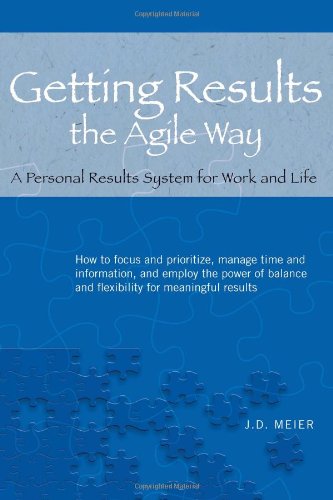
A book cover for Getting Results the Agile Way: A Personal Results System for Work and Life; J.D. Meier; Business & Money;